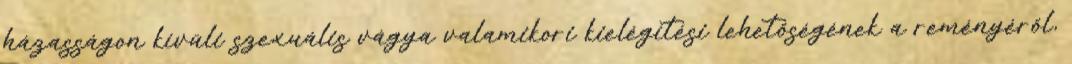
házasságon kívüli szexuális vágya valamikori kielégítési lehetõségének a reményérõl,